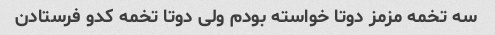
سه تخمه مزمز دوتا خواسته بودم ولی دوتا تخمه کدو فرستادن